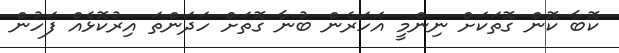
ކޮބާ ކޮން ގޮތަކަށް ނިންމީ އަހަރެން ބުނާ ގޮތަށް ހަދަންތަ އިރުކޮޅެއް ފަހުން